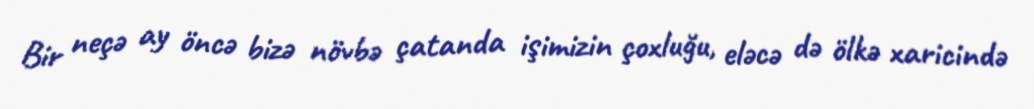
Bir neçə ay öncə bizə növbə çatanda işimizin çoxluğu, eləcə də ölkə xaricində